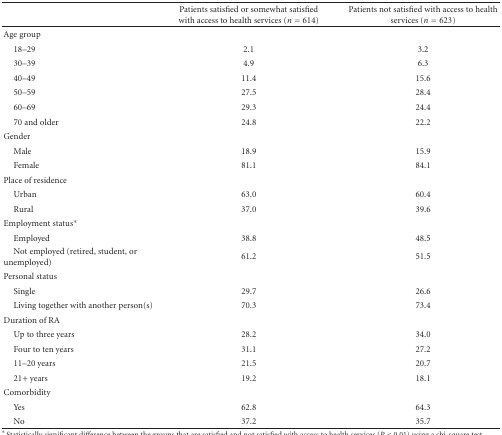
<table><thead><tr><td></td><td><b>Patients satisfied or somewhat satisfied with access to health services (<i>n</i> = 614)</b></td><td><b>Patients not satisfied with access to health services (<i>n</i> = 623)</b></td></tr></thead><tbody><tr><td>Age group</td><td></td><td></td></tr><tr><td> 18–29</td><td>2.1</td><td>3.2</td></tr><tr><td> 30–39</td><td>4.9</td><td>6.3</td></tr><tr><td> 40–49</td><td>11.4</td><td>15.6</td></tr><tr><td> 50–59</td><td>27.5</td><td>28.4</td></tr><tr><td> 60–69</td><td>29.3</td><td>24.4</td></tr><tr><td> 70 and older</td><td>24.8</td><td>22.2</td></tr><tr><td>Gender</td><td></td><td></td></tr><tr><td> Male</td><td>18.9</td><td>15.9</td></tr><tr><td> Female</td><td>81.1</td><td>84.1</td></tr><tr><td>Place of residence</td><td></td><td></td></tr><tr><td> Urban</td><td>63.0</td><td>60.4</td></tr><tr><td> Rural</td><td>37.0</td><td>39.6</td></tr><tr><td>Employment status*</td><td></td><td></td></tr><tr><td> Employed</td><td>38.8</td><td>48.5</td></tr><tr><td> Not employed (retired, student, or unemployed)</td><td>61.2</td><td>51.5</td></tr><tr><td>Personal status</td><td></td><td></td></tr><tr><td> Single</td><td>29.7</td><td>26.6</td></tr><tr><td> Living together with another person(s)</td><td>70.3</td><td>73.4</td></tr><tr><td>Duration of RA</td><td></td><td></td></tr><tr><td> Up to three years</td><td>28.2</td><td>34.0</td></tr><tr><td> Four to ten years</td><td>31.1</td><td>27.2</td></tr><tr><td> 11–20 years</td><td>21.5</td><td>20.7</td></tr><tr><td> 21+ years</td><td>19.2</td><td>18.1</td></tr><tr><td>Comorbidity</td><td></td><td></td></tr><tr><td> Yes</td><td>62.8</td><td>64.3</td></tr><tr><td> No</td><td>37.2</td><td>35.7</td></tr></tbody></table>